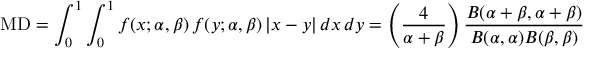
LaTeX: \mathrm { M D } = \int _ { 0 } ^ { 1 } \int _ { 0 } ^ { 1 } f ( x ; \alpha , \beta ) \, f ( y ; \alpha , \beta ) \, | x - y | \, d x \, d y = \left( { \frac { 4 } { \alpha + \beta } } \right) { \frac { B ( \alpha + \beta , \alpha + \beta ) } { B ( \alpha , \alpha ) B ( \beta , \beta ) } }